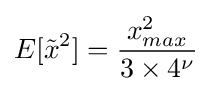
E[{\tilde {x}}^{2}]={\frac {x_{max}^{2}}{3\times 4^{\nu }}}